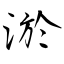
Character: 淤